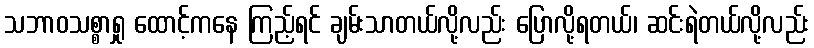
သဘာဝသစ္စာရှု ထောင့်ကနေ ကြည့်ရင် ချမ်းသာတယ်လို့လည်း ပြောလို့ရတယ်၊ ဆင်းရဲတယ်လို့လည်း